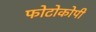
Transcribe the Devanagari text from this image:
फोटोकोपी